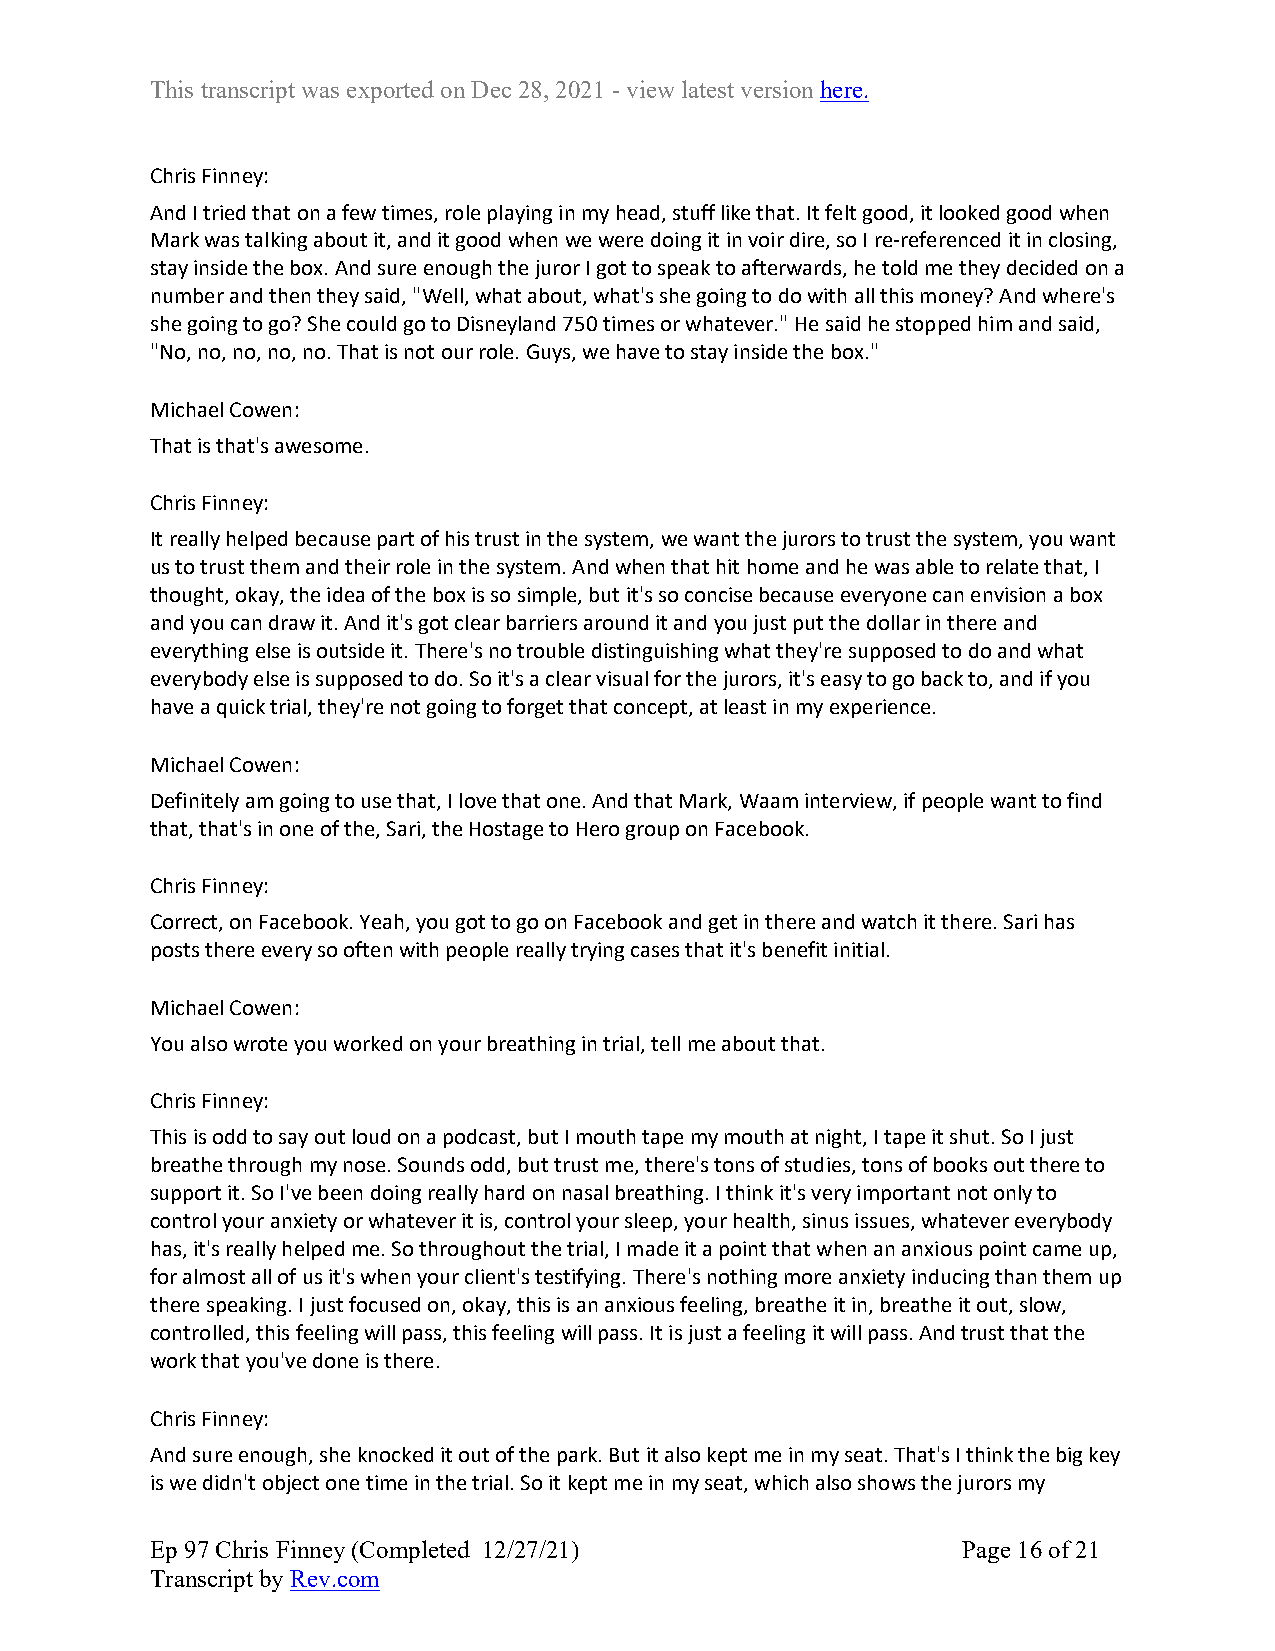
This transcript was exported on Dec 28, 2021 - view latest version here.
 Chris Finney:
 And I tried that on a few times, role playing in my head, stuff like that. It felt good, it looked good when
 Mark was talking about it, and it good when we were doing it in voir dire, so I re-referenced it in closing,
 stay inside the box. And sure enough the juror I got to speak to afterwards, he told me they decided on a
 number and then they said, "Well, what about, what's she going to do with all this money? And where's
 she going to go? She could go to Disneyland 750 times or whatever." He said he stopped him and said,
 "No, no, no, no, no. That is not our role. Guys, we have to stay inside the box."
 Michael Cowen:
 That is that's awesome.
 Chris Finney:
 It really helped because part of his trust in the system, we want the jurors to trust the system, you want
 us to trust them and their role in the system. And when that hit home and he was able to relate that, I
 thought, okay, the idea of the box is so simple, but it's so concise because everyone can envision a box
 and you can draw it. And it's got clear barriers around it and you just put the dollar in there and
 everything else is outside it. There's no trouble distinguishing what they're supposed to do and what
 everybody else is supposed to do. So it's a clear visual for the jurors, it's easy to go back to, and if you
 have a quick trial, they're not going to forget that concept, at least in my experience.
 Michael Cowen:
 Definitely am going to use that, I love that one. And that Mark, Waam interview, if people want to find
 that, that's in one of the, Sari, the Hostage to Hero group on Facebook.
 Chris Finney:
 Correct, on Facebook. Yeah, you got to go on Facebook and get in there and watch it there. Sari has
 posts there every so often with people really trying cases that it's benefit initial.
 Michael Cowen:
 You also wrote you worked on your breathing in trial, tell me about that.
 Chris Finney:
 This is odd to say out loud on a podcast, but I mouth tape my mouth at night, I tape it shut. So I just
 breathe through my nose. Sounds odd, but trust me, there's tons of studies, tons of books out there to
 support it. So I've been doing really hard on nasal breathing. I think it's very important not only to
 control your anxiety or whatever it is, control your sleep, your health, sinus issues, whatever everybody
 has, it's really helped me. So throughout the trial, I made it a point that when an anxious point came up,
 for almost all of us it's when your client's testifying. There's nothing more anxiety inducing than them up
 there speaking. I just focused on, okay, this is an anxious feeling, breathe it in, breathe it out, slow,
 controlled, this feeling will pass, this feeling will pass. It is just a feeling it will pass. And trust that the
 work that you've done is there.
 Chris Finney:
 And sure enough, she knocked it out of the park. But it also kept me in my seat. That's I think the big key
 is we didn't object one time in the trial. So it kept me in my seat, which also shows the jurors my
 Ep 97 Chris Finney (Completed 12/27/21)               Page 16 of 21
 Transcript by Rev.com